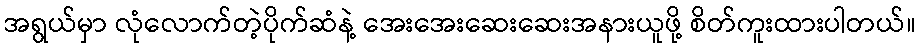
အရွယ်မှာ လုံလောက်တဲ့ပိုက်ဆံနဲ့ အေးအေးဆေးဆေးအနားယူဖို့ စိတ်ကူးထားပါတယ်။